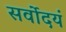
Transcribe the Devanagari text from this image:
सर्वोदयं